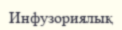
Инфузориялық